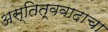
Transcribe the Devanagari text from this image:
अस्तित्ववादाचा